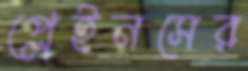
প্লেইনসের